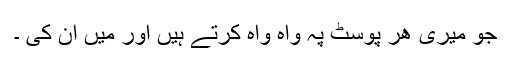
جو میری ھر پوسٹ پہ واہ واہ کرتے ہیں اور میں ان کی ۔